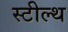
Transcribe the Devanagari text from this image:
स्‍टील्‍थ